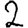
Digit: 2